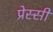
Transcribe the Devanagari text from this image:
प्रेस्सी